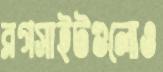
ব্লগসাইটগুলোও